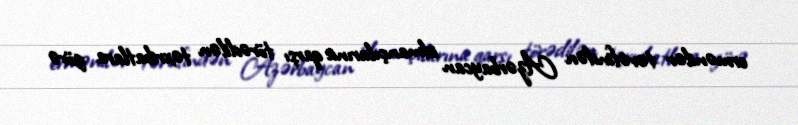
ermənilər tərəfindən Azərbaycan idmançılarına qarşı törədilən təxribatlara görə